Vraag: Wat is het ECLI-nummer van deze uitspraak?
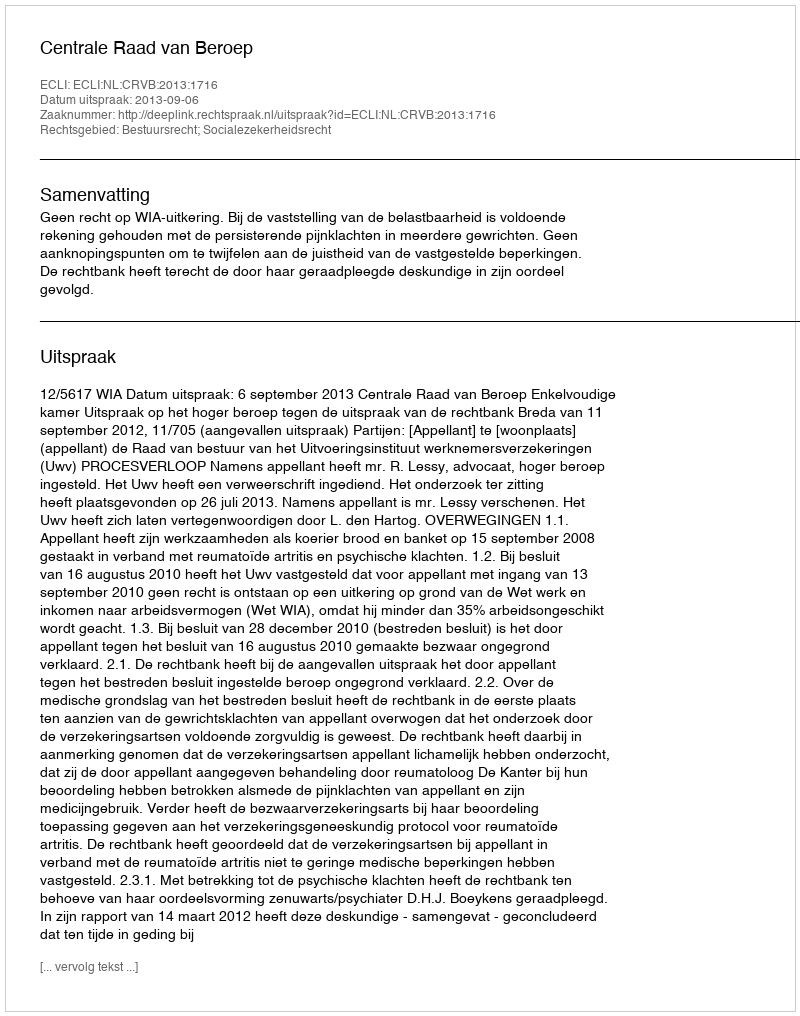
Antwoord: ECLI:NL:CRVB:2013:1716